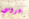
عروسي